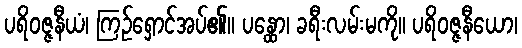
ပရိဝဇ္ဇနီယံ၊ ကြဉ်ရှောင်အပ်၏။ ပန္ထော၊ ခရီးလမ်းမကို။ ပရိဝဇ္ဇနီယော၊